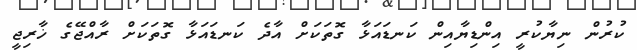
ކުރުން ނިޔާކުރީ އިންޑިޔާއިން ކަނޑައަޅާ ގޮތަކަށް އާދެ ކަނޑައަޅާ ގޮތަކަށް ރާއްޖޭގެ ޚާރިޖީ